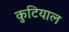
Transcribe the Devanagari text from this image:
कुटियाल